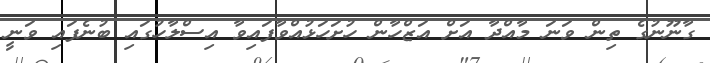
ގާނޫނުގެ ތިން ވަނަ މާއްދާ އަށް އަޒްހާން ހުށަހަޅުއްވާފައިވާ އިސްލާހުގައި ބުނެފައި ވަނީ